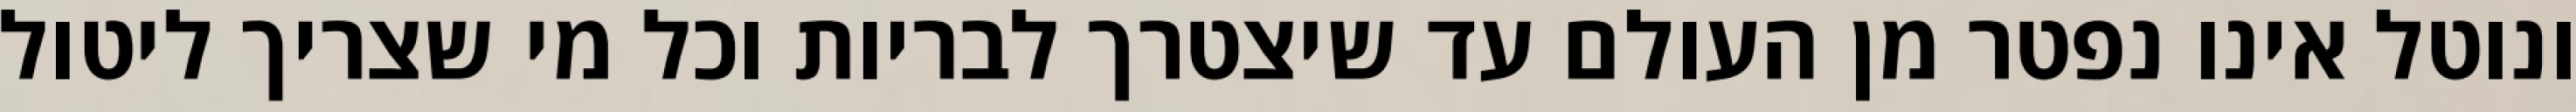
ונוטל אינו נפטר מן העולם עד שיצטרך לבריות וכל מי שצריך ליטול